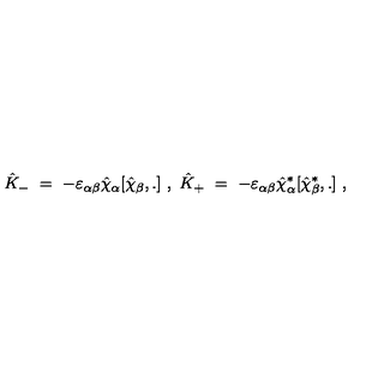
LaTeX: { \hat { K } } _ { - } \ = \ - \varepsilon _ { \alpha \beta } { \hat { \chi } } _ { \alpha } [ { \hat { \chi } } _ { \beta } , . ] \ , \ { \hat { K } } _ { + } \ = \ - \varepsilon _ { \alpha \beta } { \hat { \chi } } _ { \alpha } ^ { * } [ { \hat { \chi } } _ { \beta } ^ { * } , . ] \ ,